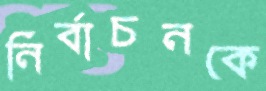
নির্বাচনকে